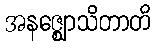
အနဇ္ဈောသိတာတိ